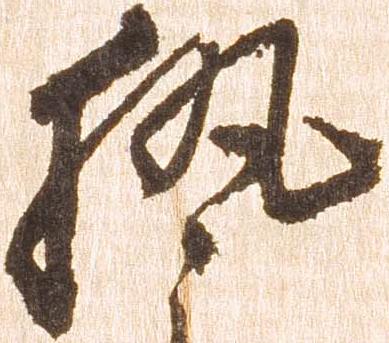
執